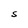
Character: S